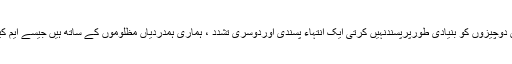
انہوں نے کہاکہ کل جماعتی حریت کانفرنس دوچیزوں کو بنیادی طورپرپسندنہیں کرتی ایک انتہاء پسندی اوردوسری تشدد ، ہماری ہمدردیاں مظلوموں کے ساتھ ہیں جیسے ایم کیوایم کی تمام ہمدردیاں مظلوموں کیساتھ ہیں۔